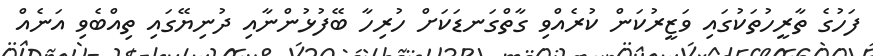
ފަހުގެ ތާރީހުތަކުގައި ވަޒީރުކަން ކުރެއްވި ގާތްގަނޑަކަށް ހުރިހާ ބޭފުޅުންނާއި ދުނިޔޭގައި ތިއްބެވި އަނެއް